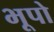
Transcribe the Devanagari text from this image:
भूपो